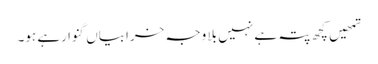
تمھیں کچھ پتہ ہے نہیں بلا وجہ خرابیاں گنوا رہے ہو۔